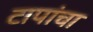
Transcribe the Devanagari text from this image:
टापांचा